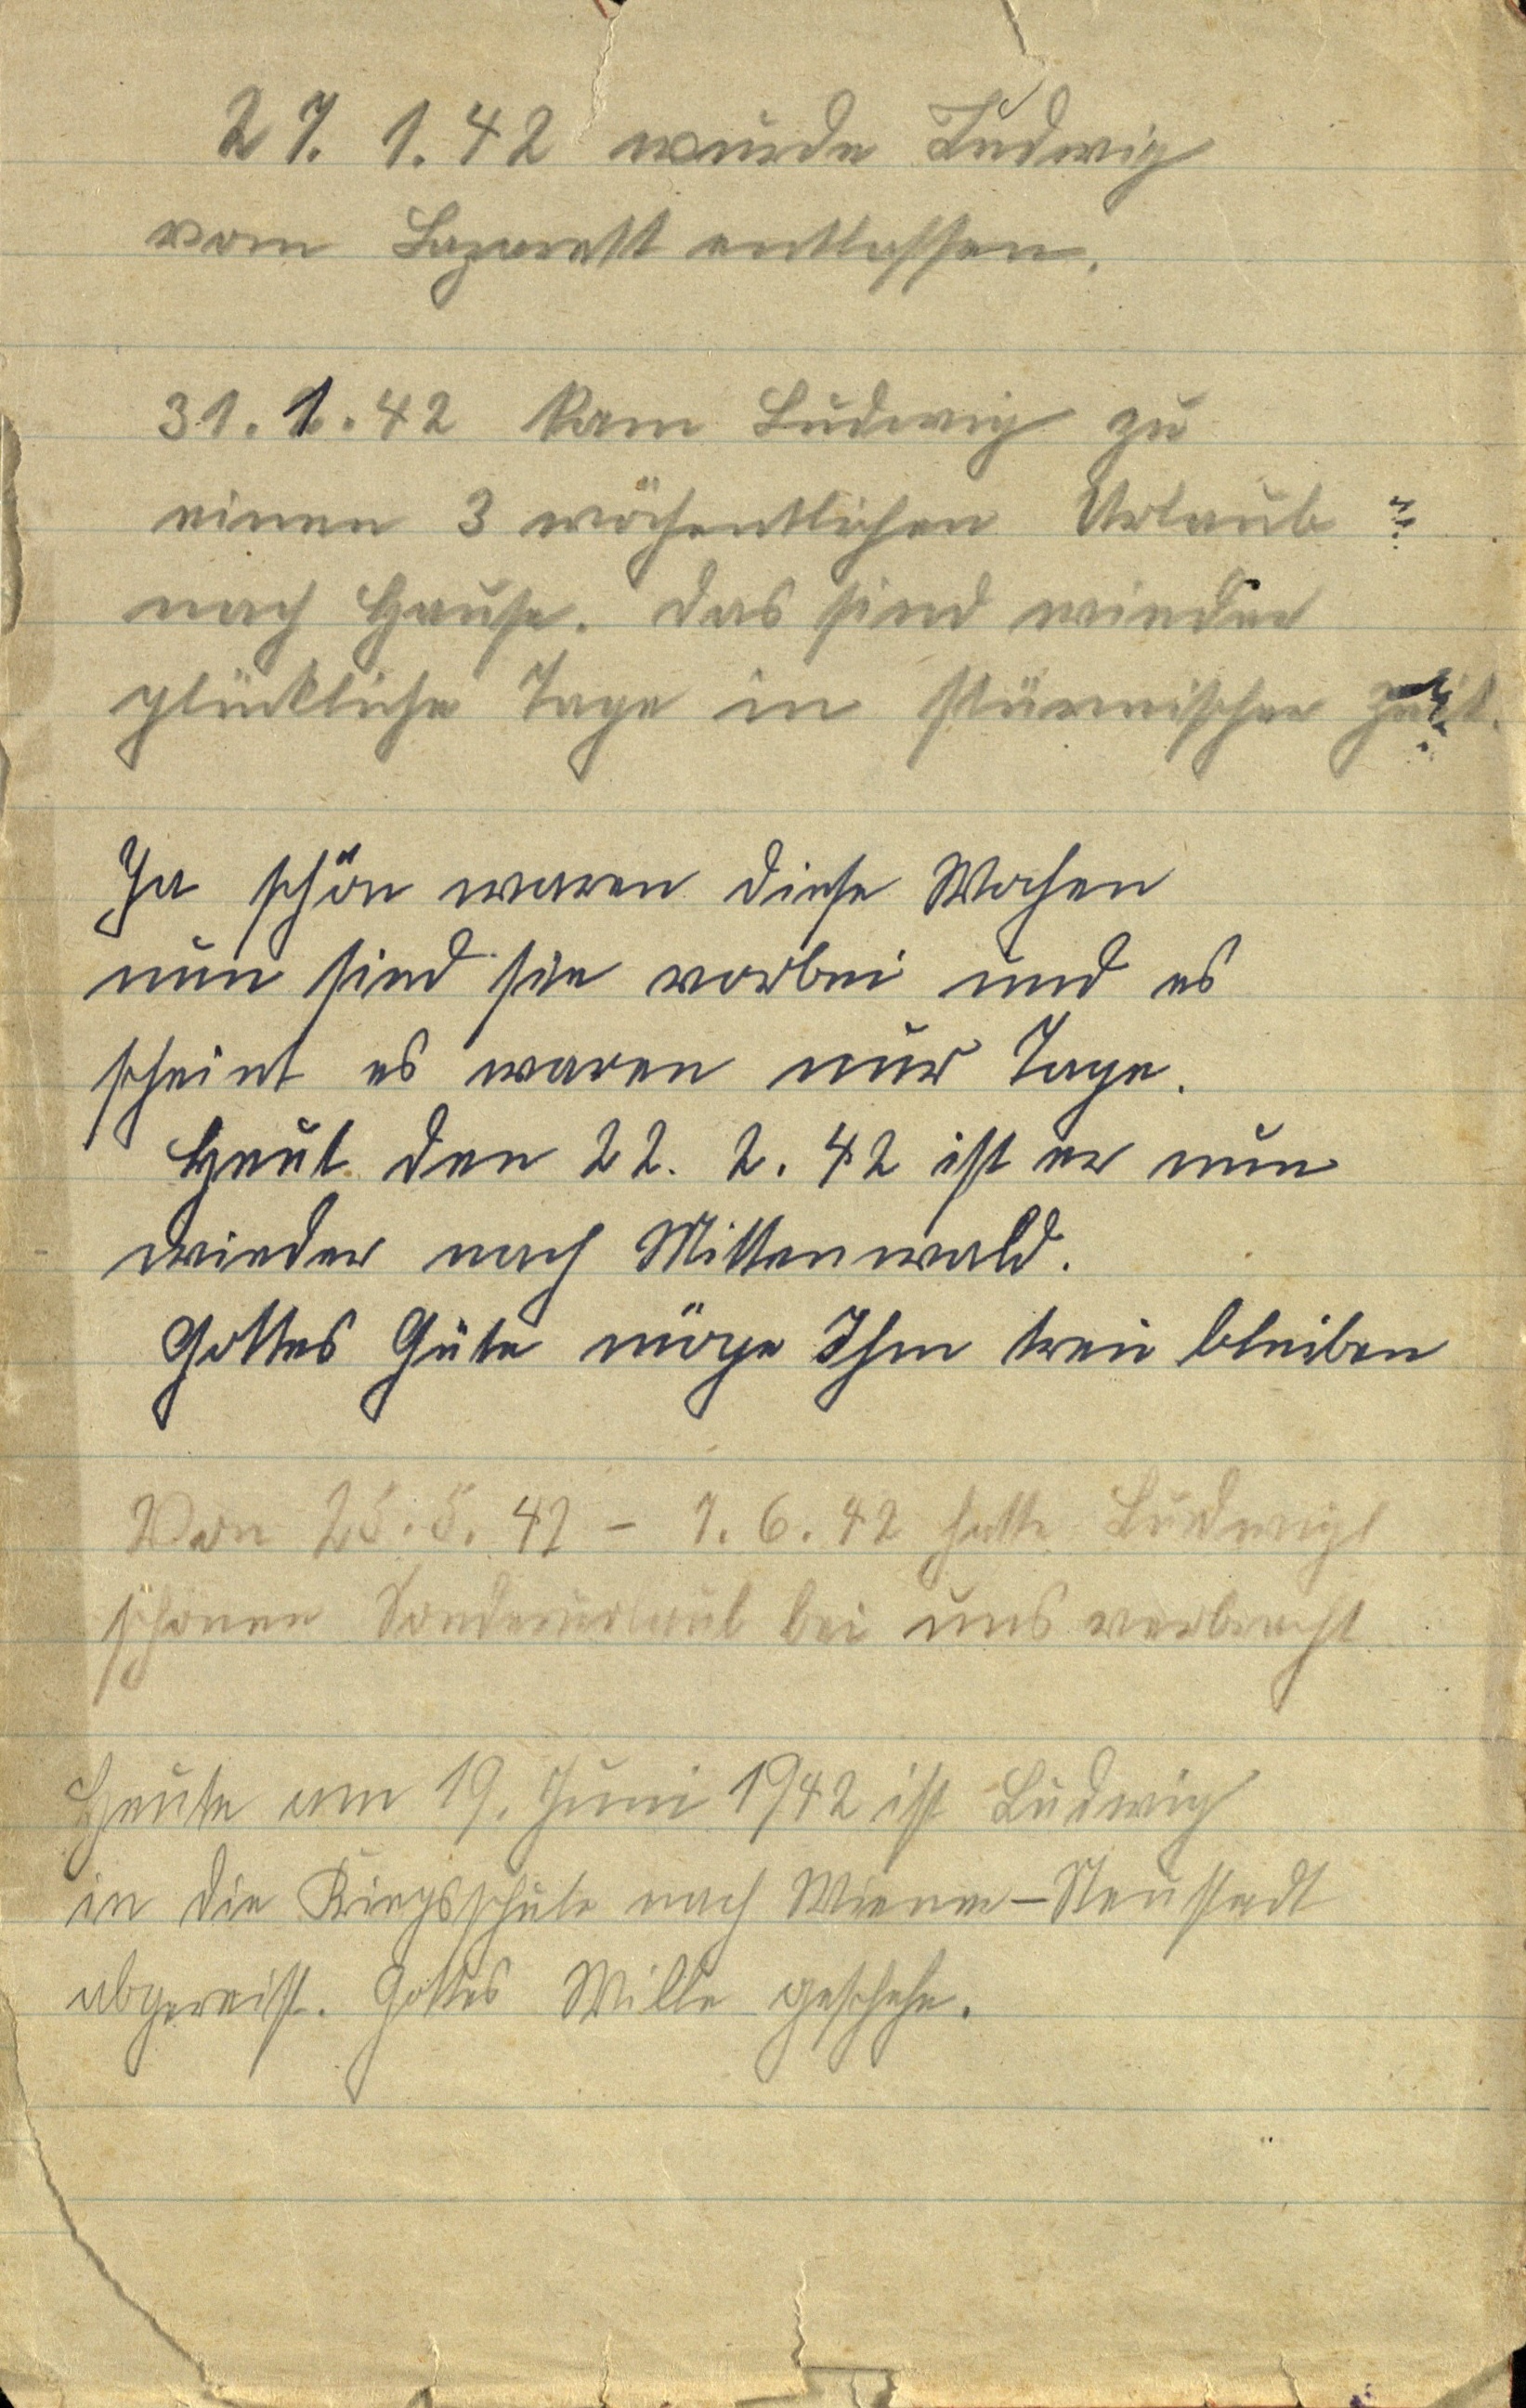
27. 1. 42 wurde Ludwig
vom Lazarett entlassen.
31. 1. 42 kam Ludwig zu
einen 3 wöchentlichen Urlaub
nach Hause. Das sind wieder
glückliche Tage in stürmischer Zeit.
Ja schön waren diese Wochen
nun sind sie vorbei und es
scheint es waren nur Tage.
Heut den 22. 2. 42 ist er nun
wieder nach Mittenwald.
Gottes Güte möge ihm treu bleiben
Von 25. 5. 42 - 7. 6. 42 hatte Ludwig
schönen Sonderurlaub bei und verbracht.
Heute am 19. Juni 1942 ist Ludwig
in die Kriegschule nach Wiener-Neustadt
abgereist. Gottes Wille geschehe.